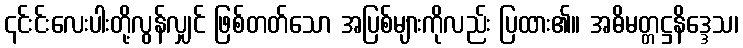
၎င်းင်းလေးပါးတို့လွန်လျှင် ဖြစ်တတ်သော အပြစ်များကိုလည်း ပြထား၏။ အဓိမတ္တဋ္ဌနိဒ္ဒေသ၊